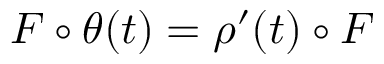
F \circ \theta ( t ) = \rho ^ { \prime } ( t ) \circ F